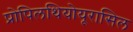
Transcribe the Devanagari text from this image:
प्रोपिलथियोयूरासिल